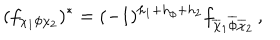
( f _ { \chi _ { 1 } \phi \chi _ { 2 } } ) ^ { \ast } = ( - 1 ) ^ { h _ { 1 } + h _ { \phi } + h _ { 2 } } f _ { \overline { { \chi } } _ { 1 } \overline { { \phi } } \overline { { \chi } } _ { 2 } } \, ,